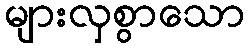
များလှစွာသော